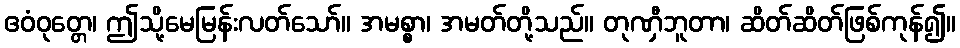
ဧဝံဝုတ္တေ၊ ဤသို့မေမြန်းလတ်သော်။ အမစ္စာ၊ အမတ်တို့သည်။ တုဏှီဘူတာ၊ ဆိတ်ဆိတ်ဖြစ်ကုန်၍။